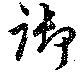
御